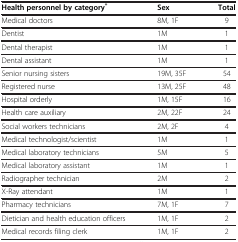
<table><thead><tr><td><b>Health personnel by category<sup>*</sup></b></td><td><b>Sex</b></td><td><b>Total</b></td></tr></thead><tbody><tr><td>Medical doctors</td><td>8M, 1F</td><td>9</td></tr><tr><td>Dentist</td><td>1M</td><td>1</td></tr><tr><td>Dental therapist</td><td>1M</td><td>1</td></tr><tr><td>Dental assistant</td><td>1M</td><td>1</td></tr><tr><td>Senior nursing sisters</td><td>19M, 35F</td><td>54</td></tr><tr><td>Registered nurse</td><td>13M, 25F</td><td>48</td></tr><tr><td>Hospital orderly</td><td>1M, 15F</td><td>16</td></tr><tr><td>Health care auxiliary</td><td>2M, 22F</td><td>24</td></tr><tr><td>Social workers technicians</td><td>2M, 2F</td><td>4</td></tr><tr><td>Medical technologist/scientist</td><td>1M</td><td>1</td></tr><tr><td>Medical laboratory technicians</td><td>5M</td><td>5</td></tr><tr><td>Medical laboratory assistant</td><td>1M</td><td>1</td></tr><tr><td>Radiographer technician</td><td>2M</td><td>2</td></tr><tr><td>X-Ray attendant</td><td>1M</td><td>1</td></tr><tr><td>Pharmacy technicians</td><td>7M, 1F</td><td>7</td></tr><tr><td>Dietician and health education officers</td><td>1M, 1F</td><td>2</td></tr><tr><td>Medical records filing clerk</td><td>1M, 1F</td><td>2</td></tr></tbody></table>